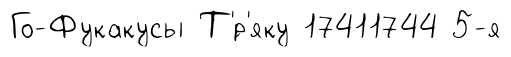
Го-Фукакусы Т'́р'яку 17411744 5-я